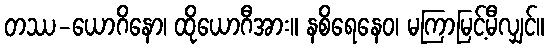
တဿ-ယောဂိနော၊ ထိုယောဂီအား။ နစိရေနေဝ၊ မကြာမြင့်မီလျှင်။